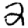
Digit: 2